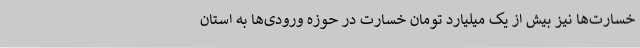
خسارت‌ها نیز بیش از یک میلیارد تومان خسارت در حوزه ورودی‌ها به استان